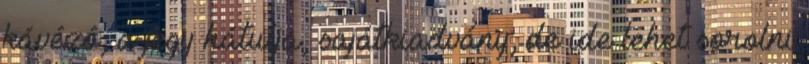
kávézó, a jegy hátulja, sajátkiadvány; de ide lehet sorolni